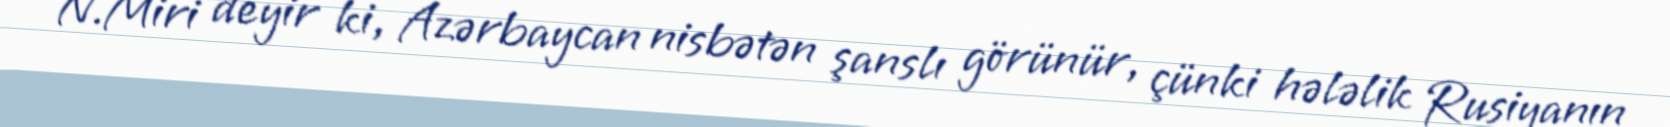
N.Miri deyir ki, Azərbaycan nisbətən şanslı görünür, çünki hələlik Rusiyanın